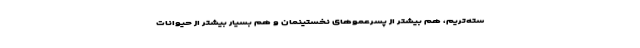
سته‌تریم، هم بیشتر از پسرعموهای نخستینمان و هم بسیار بیشتر از حیوانات